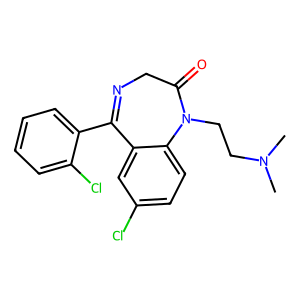
SMILES: CN(C)CCN1C(=O)CN=C(c2ccccc2Cl)c2cc(Cl)ccc21
Inhibits HIV replication: No